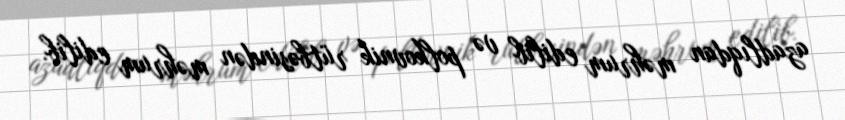
azadlıqdan məhrum edilib və polkovnik rütbəsindən məhrum edilib.